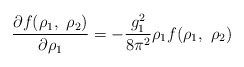
\begin{align*}\frac{\partial f(\rho_1,~\rho_2)}{\partial \rho_1} = - \frac{g_1^2}{8 \pi^2} \rho_1 f(\rho_1,~\rho_2)\end{align*}